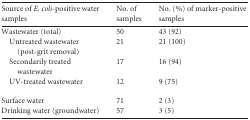
<table><thead><tr><td><b>Source of E. coli-positive water samples</b></td><td><b>No. of samples</b></td><td><b>No. (%) of marker-positive samples</b></td></tr></thead><tbody><tr><td>Wastewater (total)</td><td>50</td><td>43 (92)</td></tr><tr><td>Untreated wastewater (post-grit removal)</td><td>21</td><td>21 (100)</td></tr><tr><td>Secondarily treated wastewater</td><td>17</td><td>16 (94)</td></tr><tr><td>UV-treated wastewater</td><td>12</td><td>9 (75)</td></tr><tr><td>Surface water</td><td>71</td><td>2 (3)</td></tr><tr><td>Drinking water (groundwater)</td><td>57</td><td>3 (5)</td></tr></tbody></table>